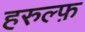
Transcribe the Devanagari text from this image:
हरुल्फ़